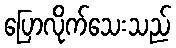
ပြောလိုက်သေးသည်